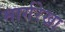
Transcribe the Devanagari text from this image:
मार्गरेखा